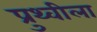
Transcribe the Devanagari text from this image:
प्रुथ्वीला